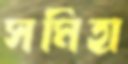
সমিহা